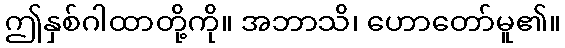
ဤနှစ်ဂါထာတို့ကို။ အဘာသိ၊ ဟောတော်မူ၏။